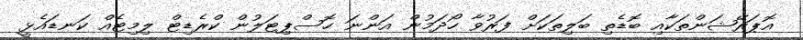
އޮޕަރޭޝަންތަކާއި ބޮޑެތި ބަލިތަކަށް ފަރުވާ ހޯދަމުން އަންނަ ހޮސްޕިޓަލުން ކްރެޑިޓް ލިމިޓެއް ކަނޑައެޅީ